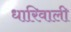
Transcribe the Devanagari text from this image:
धारिवाली